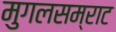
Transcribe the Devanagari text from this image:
मुगलसम्राट